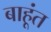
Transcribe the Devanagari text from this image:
बाहूंत